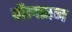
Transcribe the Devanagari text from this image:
पौलसन